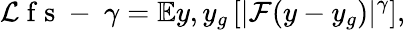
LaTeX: \mathcal{L}{\mathrm{~f~s~-~}\gamma}=\mathbb{E}{y,y_{g}}\left[|\mathcal{F}(y-y_{g})|^{\gamma}\right],